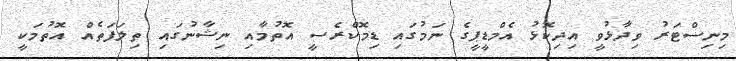
މިނިސްޓަރު ވިދާޅުވީ އިދިކޮޅު އެމްޑީޕީގެ ނަމުގައި ޑިމޮކްރެސީ އޮތުމާއި ނިޝާނުގައި ތިލަފަތެއް އޮތުމަކީ